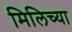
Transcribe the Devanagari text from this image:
मिलिच्या